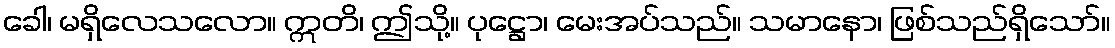
ခေါ၊ မရှိလေသလော။ ဣတိ၊ ဤသို့။ ပုဋ္ဌော၊ မေးအပ်သည်။ သမာနော၊ ဖြစ်သည်ရှိသော်။